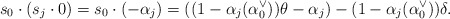
\begin{align*}s_0 \cdot (s_j \cdot 0) = s_0 \cdot (-\alpha_j) = ((1-\alpha_j (\alpha_0^{\vee}))\theta - \alpha_j) - (1-\alpha_j (\alpha_0^{\vee}))\delta.\end{align*}